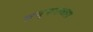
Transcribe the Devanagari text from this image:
लघुपातळ्या